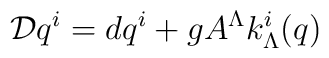
{\cal D}q^i=dq^i+g A^\Lambda k^i_\Lambda(q)